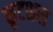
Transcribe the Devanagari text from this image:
कूटशल